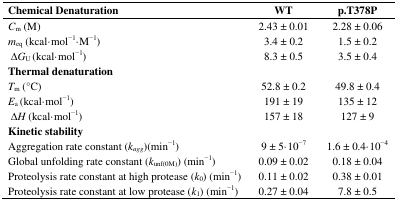
| Chemical Denaturation | WT | p.T378P |
 | --- | --- | --- |
 | Cm (M) | 2.43 ± 0.01 | 2.28 ± 0.06 |
 | meq (kcal·mol−1·M−1) | 3.4 ± 0.2 | 1.5 ± 0.2 |
 | ΔGU (kcal·mol−1) | 8.3 ± 0.5 | 3.5 ± 0.4 |
 | Thermal denaturation |  |  |
 | Tm (°C) | 52.8 ± 0.2 | 49.8 ± 0.4 |
 | Ea (kcal·mol−1) | 191 ± 19 | 135 ± 12 |
 | ΔH (kcal·mol−1) | 157 ± 18 | 127 ± 9 |
 | Kinetic stability |  |  |
 | Aggregation rate constant (kagg)(min−1) | 9 ± 5·10−7 | 1.6 ± 0.4·10−4 |
 | Global unfolding rate constant (kunf(0M)) (min−1) | 0.09 ± 0.02 | 0.18 ± 0.04 |
 | Proteolysis rate constant at high protease (k0) (min−1) | 0.11 ± 0.02 | 0.38 ± 0.01 |
 | Proteolysis rate constant at low protease (k1) (min−1) | 0.27 ± 0.04 | 7.8 ± 0.5 |